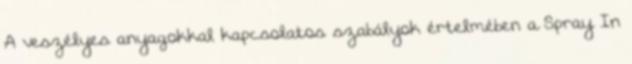
A veszélyes anyagokkal kapcsolatos szabályok értelmében a Spray In